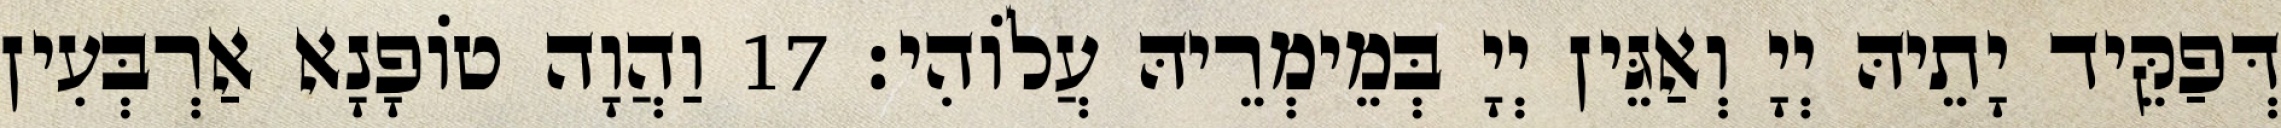
דְּפַקֵּיד יָתֵיהּ יְיָ וְאַגֵּין יְיָ בְּמֵימְרֵיהּ עֲלוֹהִי׃ 17 וַהֲוָה טוֹפָנָא אַרְבְּעִין